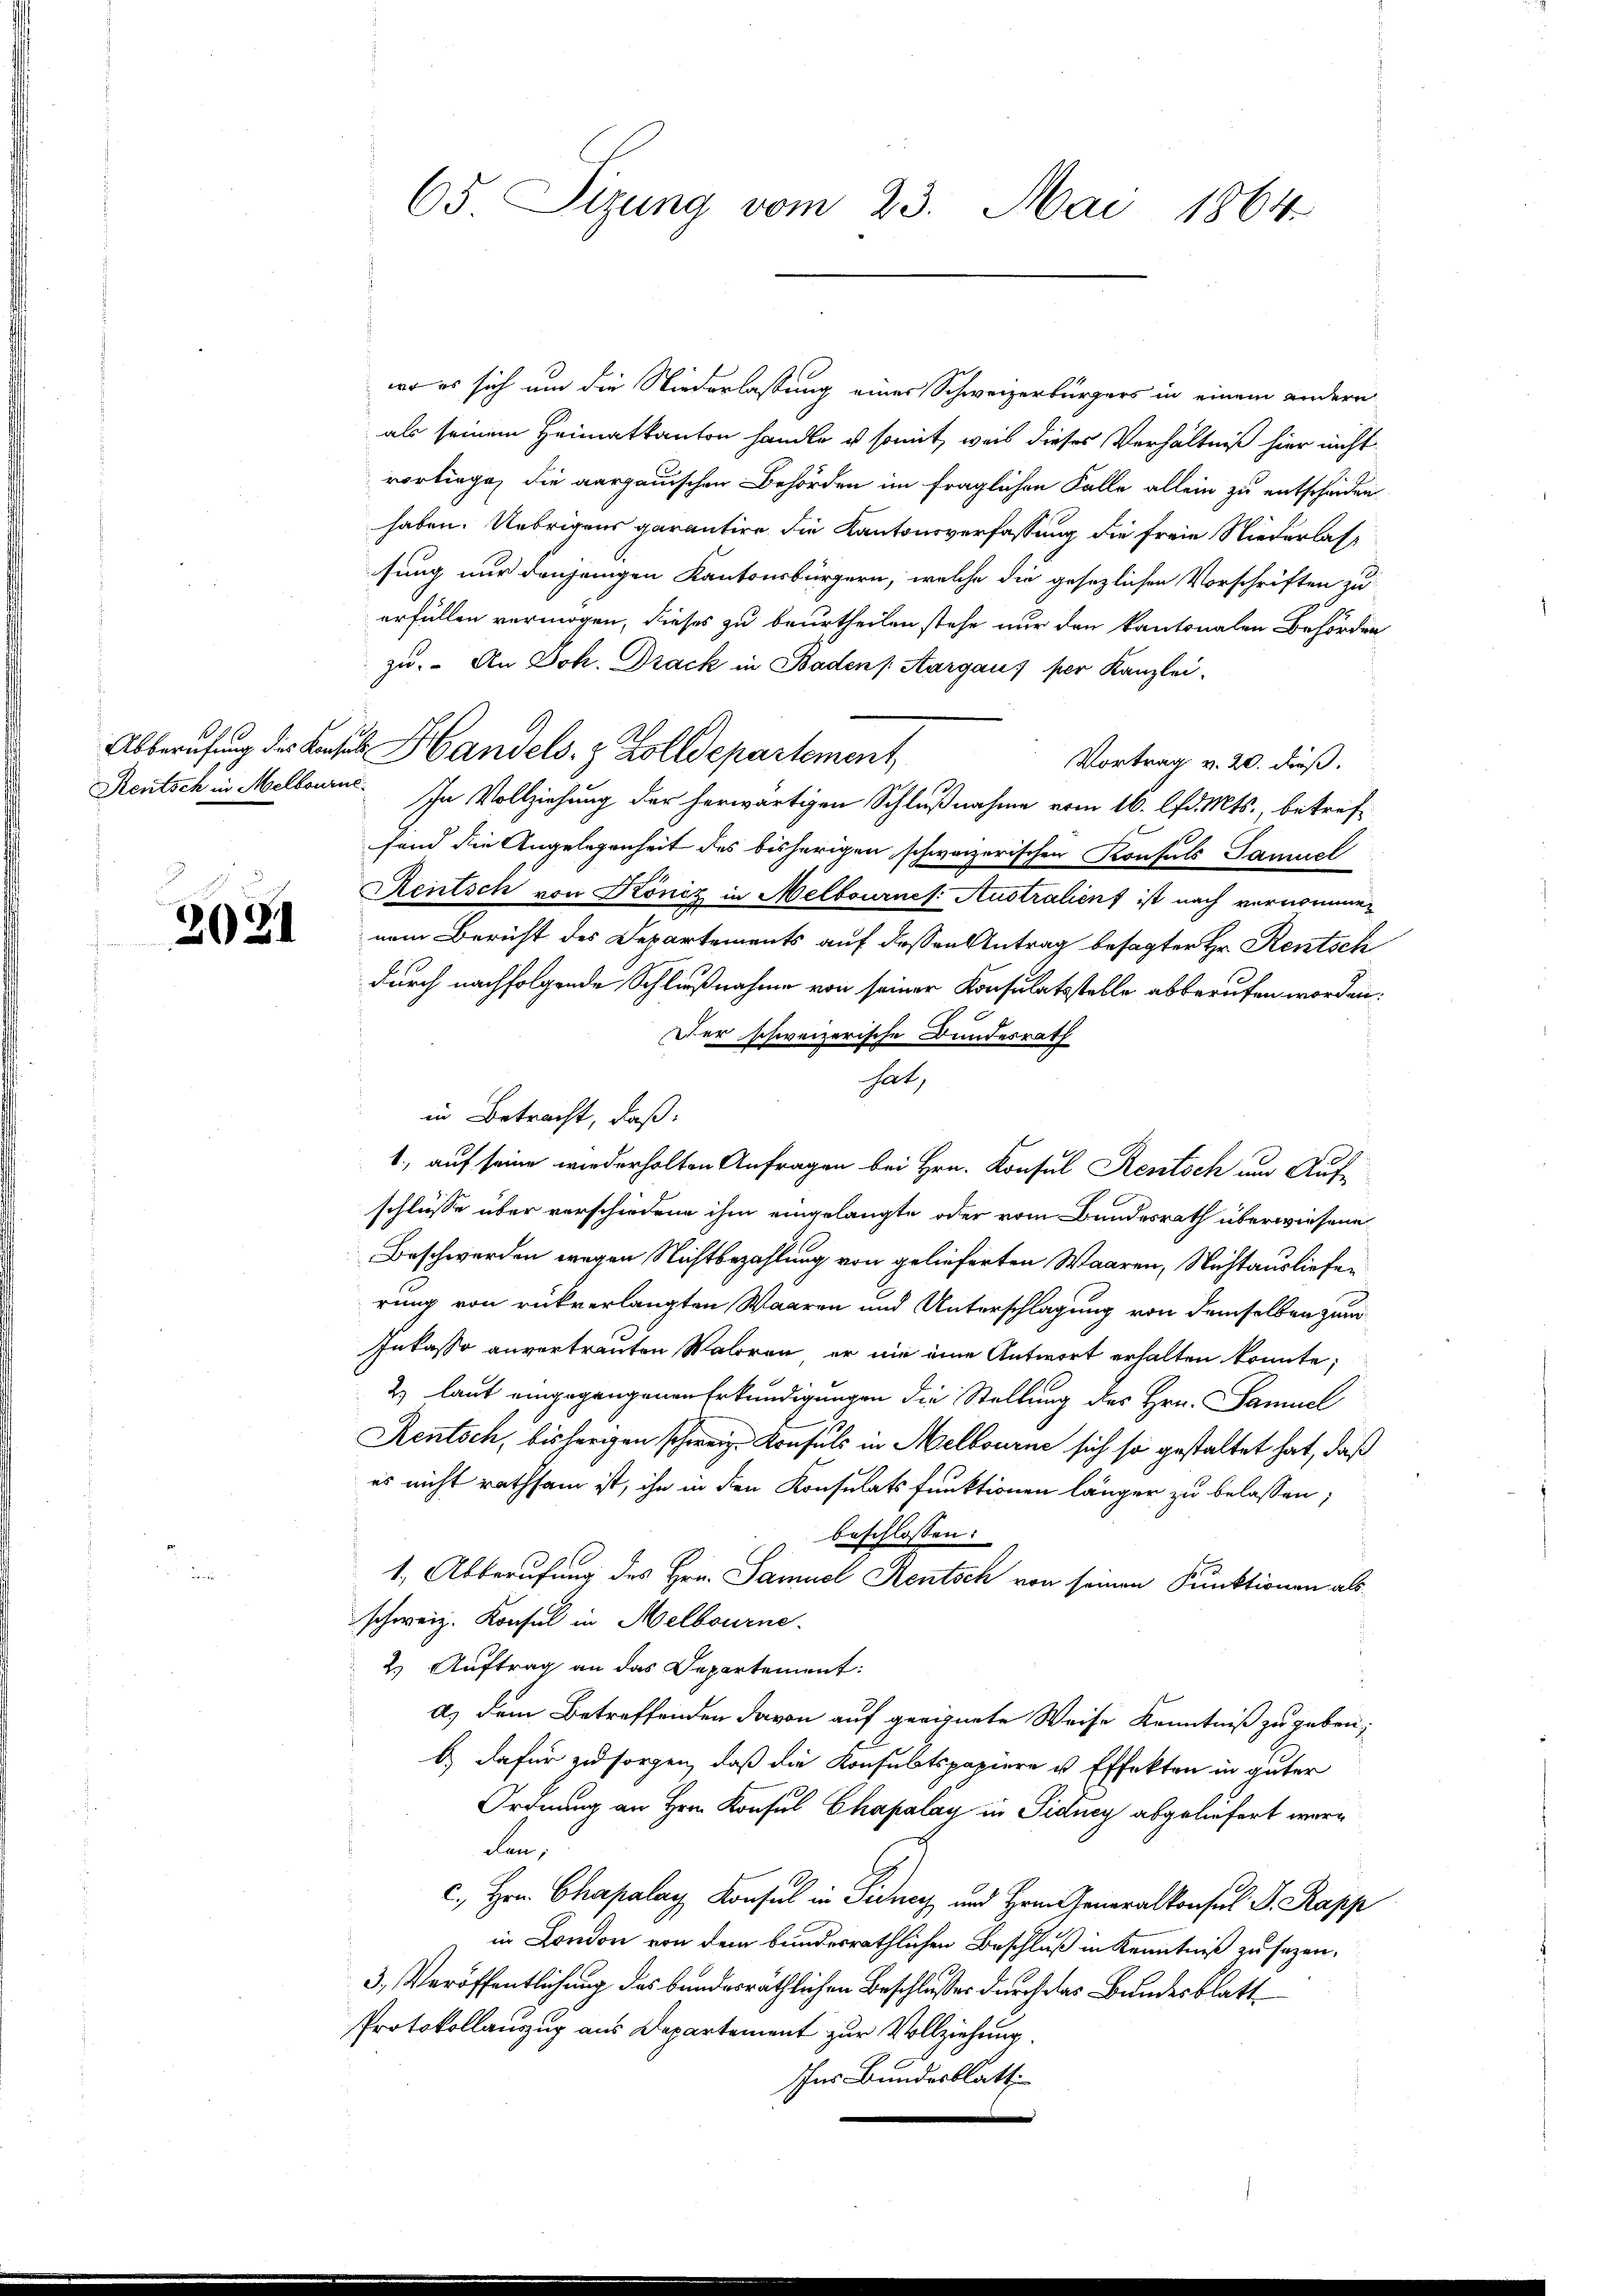
231

wo es sich um die Niederlassung eines Schweizerbürgers in einem andern
als seinem Heimatkanton handle es somit, weis dieses Verhältniß hier nicht
vorliege, die aargauischen Behörden im fraglichen Falle allein zu entscheiden
haben. Uebrigens garantire die Kantonsverfassung die freie Niederlassung nur denjenigen Kantonsbürgern, welche die gesezlichen Vorschriften zu
erfüllen vermögen, dieses zu beurtheilen stehe nur den kantonalen Behörden
zu. An Joh. Drack in Baden Aargau) per Kanzlei,
Vortrag v. 20. dieß.
Rentsch in Melbourne. In Vollziehung der herwärtigen Schlußnahme vom 16. d. Mts., betreffend die Angelegenheit des bisherigen schweizerischen Konsuls Samuel
Rentsch von Köniz in Melbournes: Australient ist nach vernommen
nem Bericht des Departements auf dessen Antrag besagter Hr. Rentschi
durch nachfolgende Schlußnahme von seiner Konsulatsstelle abberufen worden.
Der schweizerische Bundesrath
hat,
in Betracht, daß:
1., auf seine wiederholten Anfragen bei Hrn. Konsul Rentsch um Auf-
schlüsse über verschiedene ihm eingelangte oder vom Bundesrath überwiesene
Beschwerden wegen Nichtbezahlung von gelieferten Waaren, Nichtauslieferung von rückverlangten Waaren und Unterschlagung von demselben zum
Inkasso anvertrauten Maloren, er nie eine Antwort erhalten könnte;
2 laut eingegangenen Erkundigungen die Stellung des Hrn. Samuel
Rentsch, bis hergen schweiz. Konsuls in Melbourne sich so gestaltet hat, daß
es nicht rathsam ist, ihn in den Konsulats funktionen länger zu belassen;
beschlossen:
1. Abberufung des Hrn. Samuel Rentsch von seinen Funktionen als
schweiz. Konsul in Melbourne.
2) Auftrag an das Departement:
d) dem Betreffenden davon auf geeignete Weise Kenntniß zu geben,
b.) dafür zu sorgen, daß die Konsultspapiere u Effekten in guter
Ordnung an Hrn. Konsul Chapalay in Sidney abgeliefert werden,
c. Hrn. Chapalay Konsul in Siner und Hrn. Generalkonsul S. Rapp
in London von dem bundesräthlichen Beschluß in Kenntniß zu sezen.
3, Veröffentlichung des bundesräthlichen Beschlusses durch das Bundesblatt
Protokollauszug aus Departement zur Vollziehung.
Ins Bundesblatt

65. Sizung vom 23. Mai 1864.

Abberufung der Last Handels- & Zolldepartement